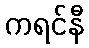
ကရင်နီ